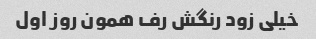
خیلی زود رنگش رف همون روز اول